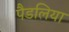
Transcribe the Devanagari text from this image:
पैडलिया